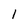
Character: 1